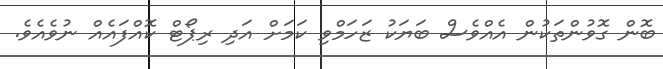
ބޮން ގޮވުންތަކުން އެއްވެސް ބަޔަކު ޒަހަމްވި ކަމަށް އަދި ރިޕޯޓް ކޮއްފައެއް ނުވެއެެވެ.